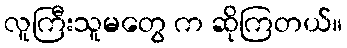
လူကြီးသူမတွေ က ဆိုကြတယ်။